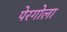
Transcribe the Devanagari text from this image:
पेरगोला